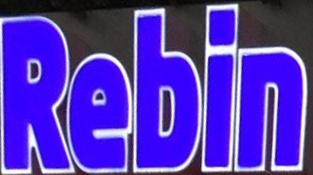
Rebin